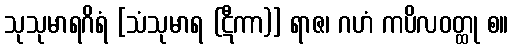
သုသုမာရဂိရံ [သံသုမာရ (ဋီကာ)] ရာဇ၊ ဂဟံ ကပိလဝတ္ထု စ။